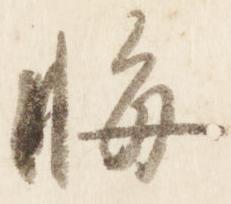
悔